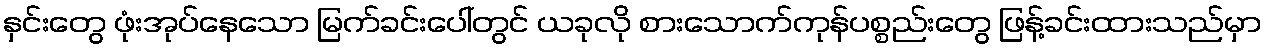
နှင်းတွေ ဖုံးအုပ်နေသော မြက်ခင်းပေါ်တွင် ယခုလို စားသောက်ကုန်ပစ္စည်းတွေ ဖြန့်ခင်းထားသည်မှာ